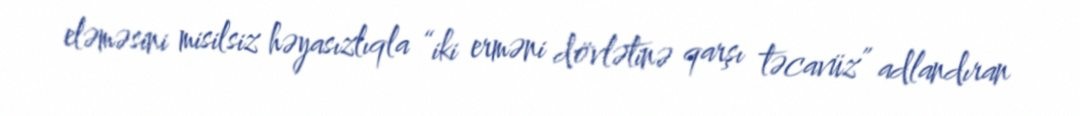
eləməsini misilsiz həyasızlıqla “iki erməni dövlətinə qarşı təcavüz” adlandıran